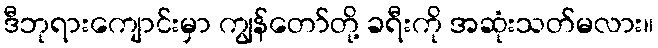
ဒီဘုရားကျောင်းမှာ ကျွန်တော်တို့ ခရီးကို အဆုံးသတ်မလား။